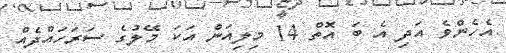
އެހެންވެ އަދި އެ ބަ އޮތް 14 މިލިއަން އަކަ މޭލުގެ ސަރަހައްދެއް